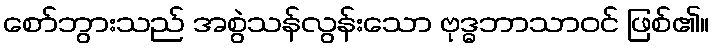
စော်ဘွားသည် အစွဲသန်လွန်းသော ဗုဒ္ဓဘာသာဝင် ဖြစ်၏။